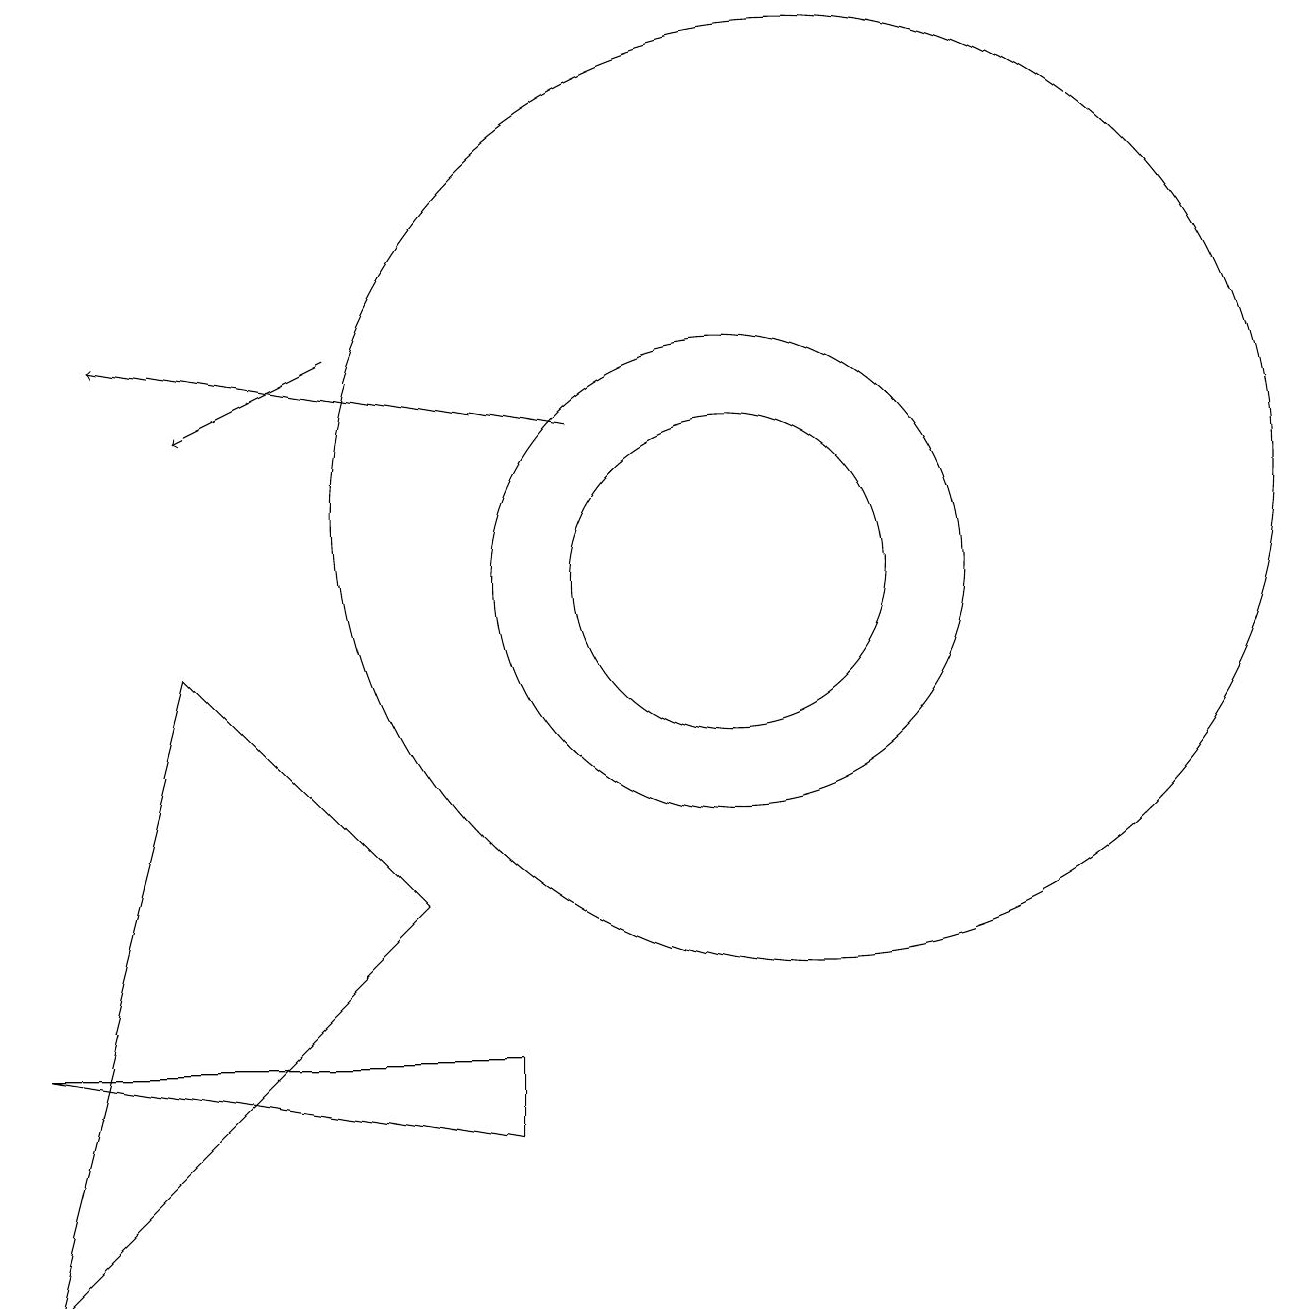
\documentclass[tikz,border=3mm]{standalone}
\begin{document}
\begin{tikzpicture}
\draw (10,10) circle (3);
\draw (11,11) circle (6);
\draw (10,10) circle (2);
\draw (6,6) -- (3,9) -- (1,1) -- cycle;
\draw[->] (8,12) -- (2,13);
\draw (7,4) -- (1,4) -- (7,3) -- cycle;
\draw[->] (5,13) -- (3,12);
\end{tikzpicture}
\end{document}